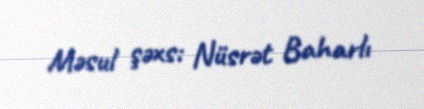
Məsul şəxs: Nüsrət Baharlı